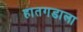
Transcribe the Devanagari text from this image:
हातगडाला